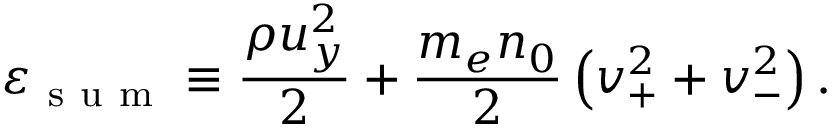
\varepsilon _ { \mathrm { ~ s ~ u ~ m ~ } } \equiv \frac { \rho u _ { y } ^ { 2 } } { 2 } + \frac { m _ { e } n _ { 0 } } { 2 } \left( v _ { + } ^ { 2 } + v _ { - } ^ { 2 } \right) .